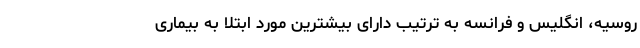
روسیه، انگلیس و فرانسه به ترتیب دارای بیشترین مورد ابتلا به بیماری